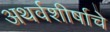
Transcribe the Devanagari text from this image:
अथर्वशीर्षाचे